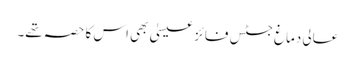
عالی دماغ جسٹس فائز عیسیٰ بھی اس کا حصہ تھے۔